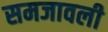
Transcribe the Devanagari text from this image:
समजावली